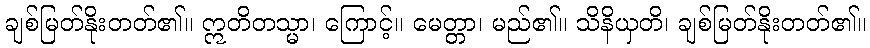
ချစ်မြတ်နိုးတတ်၏။ ဣတိတသ္မာ၊ ကြောင့်။ မေတ္တာ၊ မည်၏။ သိနိယှတိ၊ ချစ်မြတ်နိုးတတ်၏။